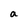
Character: a